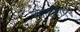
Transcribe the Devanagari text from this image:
ळवोइसिएर